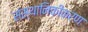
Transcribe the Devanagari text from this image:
संस्थानिकीकरण